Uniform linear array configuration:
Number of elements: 16
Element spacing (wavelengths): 0.5
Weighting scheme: kaiser
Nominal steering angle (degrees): -60
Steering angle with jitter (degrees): -58.398
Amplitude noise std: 0.05
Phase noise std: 0.05

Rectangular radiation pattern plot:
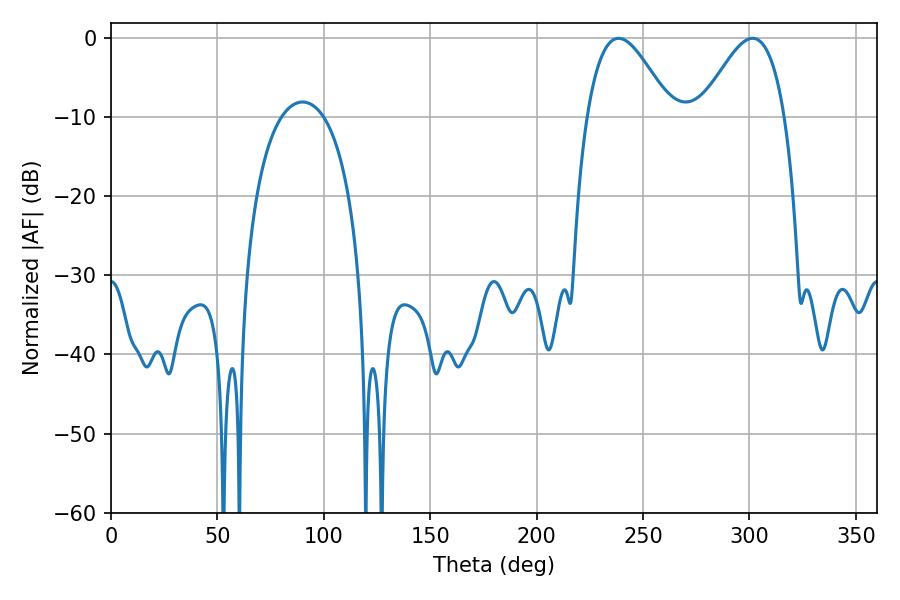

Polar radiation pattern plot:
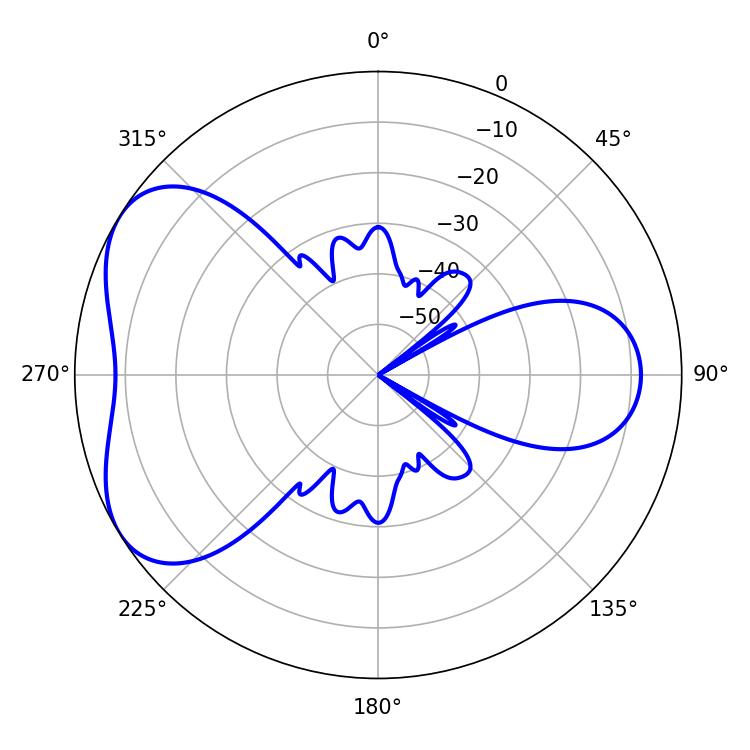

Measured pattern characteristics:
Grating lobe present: FALSE
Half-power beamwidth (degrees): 21.06
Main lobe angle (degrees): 301.5